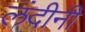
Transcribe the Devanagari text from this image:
लंदीनी